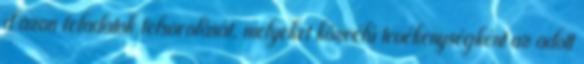
d azon feladatok felsorolását, melyeket közcélú tevékenységként az adott